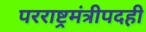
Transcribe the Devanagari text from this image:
परराष्ट्रमंत्रीपदही